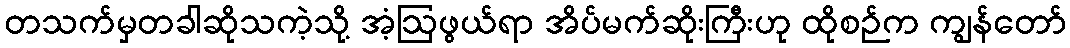
တသက်မှတခါဆိုသကဲ့သို့ အံ့ဩဖွယ်ရာ အိပ်မက်ဆိုးကြီးဟု ထိုစဉ်က ကျွန်တော်